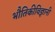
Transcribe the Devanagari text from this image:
भौतिकीविज्ञानी